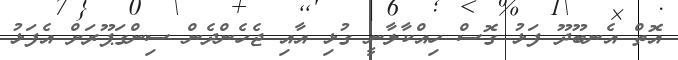
އޮތް އެނބޫދޫ ފަޅު ގޮސް ހިއްކާލާނީ ގުޅި އާއި ޖެހެންދެން ސިންގަޕޫރަށް އެފަޅު